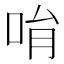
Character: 𠱝